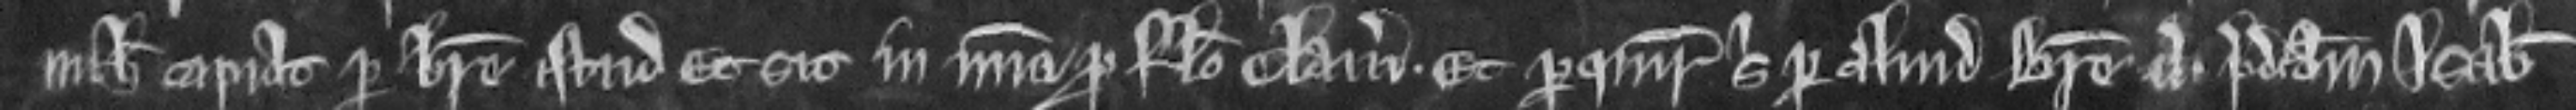
nichil capiat per breve istud et sit in misericordia pro falso clamore. Et perquirat sibi per aliud breve versus. predictam Isabellam